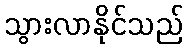
သွားလာနိုင်သည်